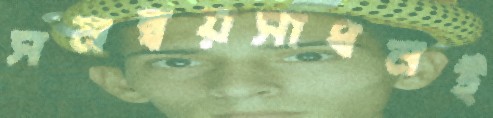
সমন্বয়সাধনই